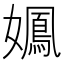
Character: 𫲉